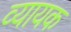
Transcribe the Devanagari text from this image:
व्यायक